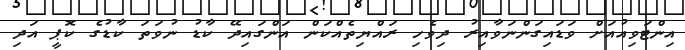
އިންޓަވިއުއަށް ވަޑައިގަންނަވާއިރު ދިވެހި ރައްޔިތެއްކަން އަންގައިދޭ ކާޑު ނުވަތަ ކާޑުގެ ކޮޕީ އަދި